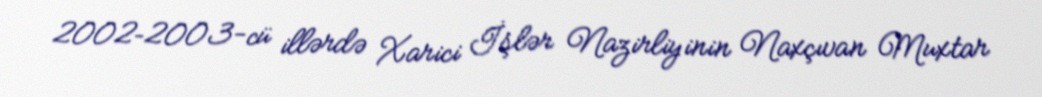
2002–2003-cü illərdə Xarici İşlər Nazirliyinin Naxçıvan Muxtar